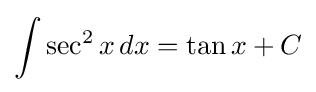
\int \sec ^{2}{x}\,dx=\tan {x}+C